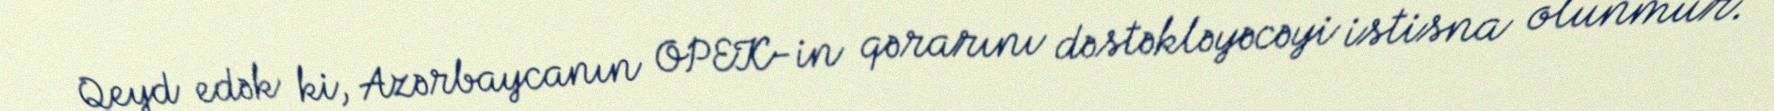
Qeyd edək ki, Azərbaycanın OPEK-in qərarını dəstəkləyəcəyi istisna olunmur.